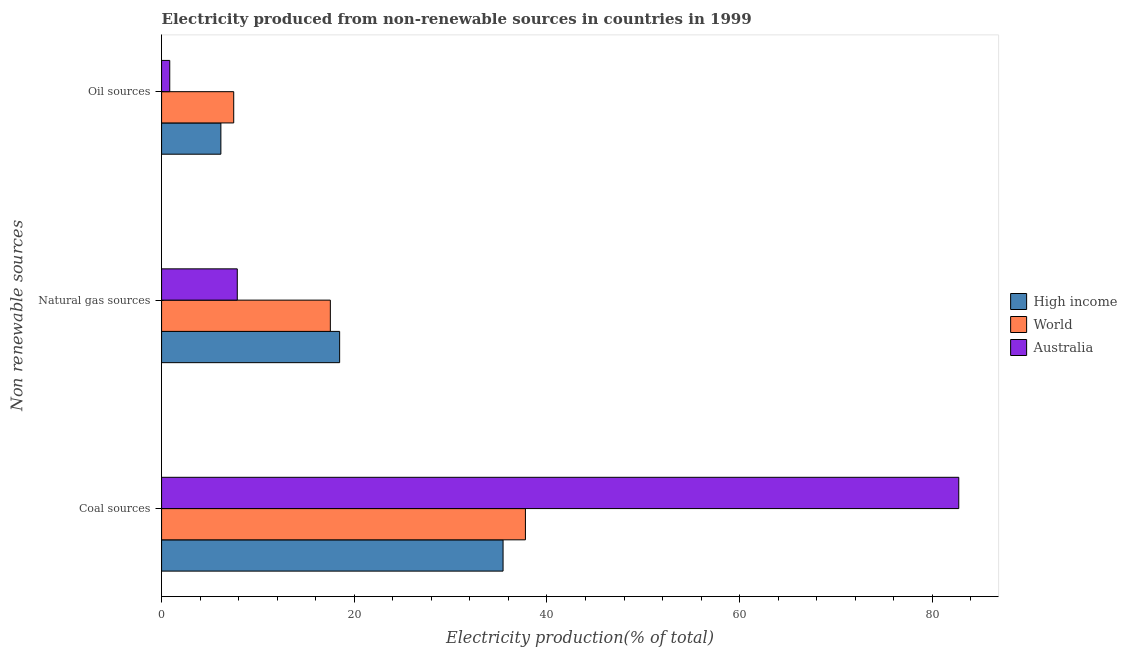
| Non renewable sources | High income | World | Australia |
 | --- | --- | --- | --- |
 | Coal sources | 35.4 | 37.8 | 82.7 |
 | Natural gas sources | 18.5 | 17.5 | 7.86 |
 | Oil sources | 6.15 | 7.49 | 0.849 |